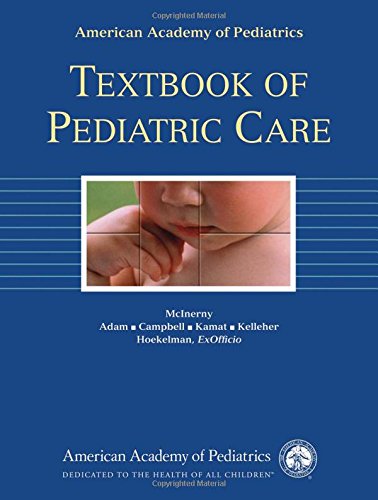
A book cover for American Academy of Pediatrics Textbook of Pediatric Care; Medical Books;